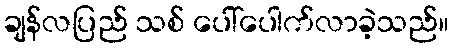
ချန်လပြည် သစ် ပေါ်ပေါက်လာခဲ့သည်။